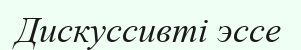
Дискуссивті эссе